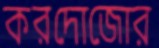
করদোজোর